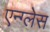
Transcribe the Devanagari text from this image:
एन्ग्लेस